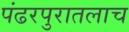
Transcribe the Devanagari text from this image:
पंढरपुरातलाच